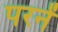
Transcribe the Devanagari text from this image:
परनें